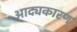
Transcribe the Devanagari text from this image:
आद्यकारण